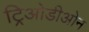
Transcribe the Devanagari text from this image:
ट्रिओडीओन